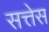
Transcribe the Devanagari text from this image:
सत्तेस